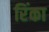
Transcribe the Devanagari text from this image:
रिंका